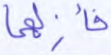
فأزلهما